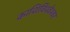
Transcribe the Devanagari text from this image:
काशिविश्वेश्वर